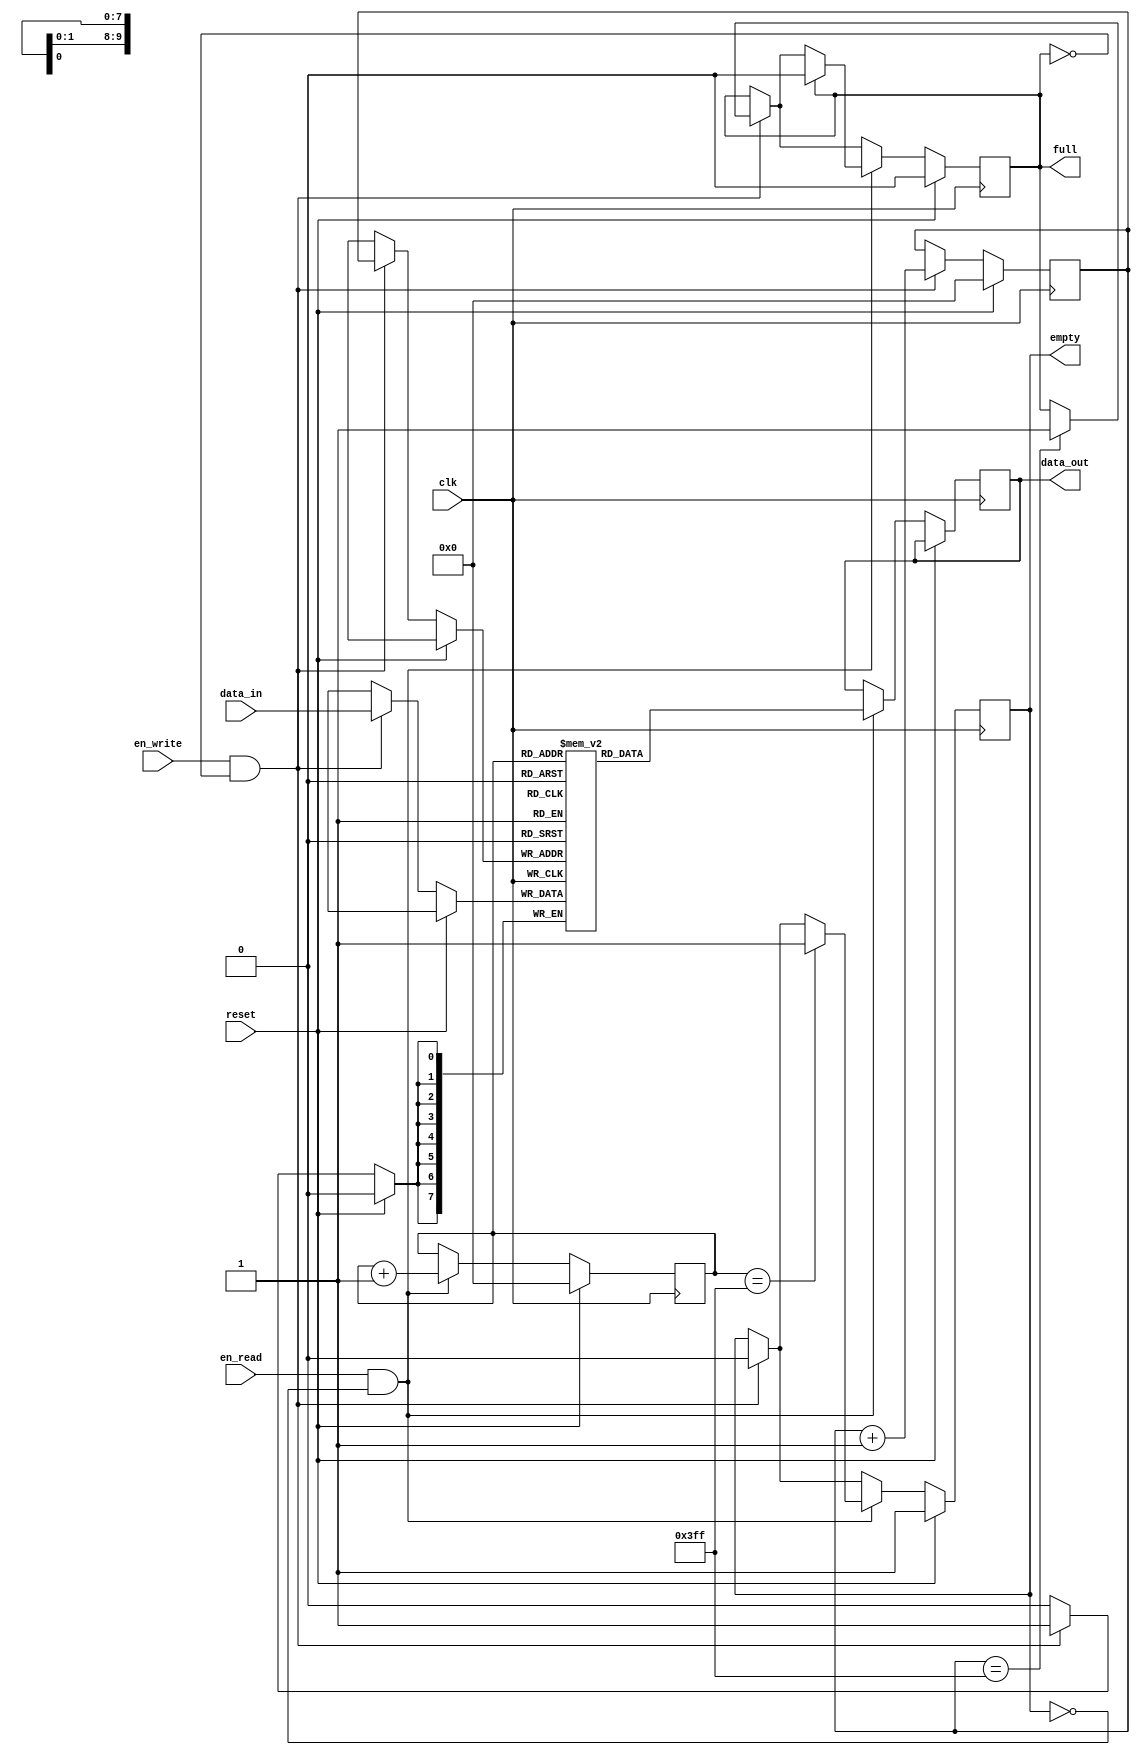
module synchronous_fifo (
    input wire clk,
    input wire reset,
    input wire en_read,
    input wire en_write,
    input wire [DATA_WIDTH-1:0] data_in,
    output reg [DATA_WIDTH-1:0] data_out,
    output reg full,
    output reg empty
);

// Parameter definition
parameter ADDR_WIDTH = 10;
parameter DATA_WIDTH = 8;
parameter DEPTH = 2**ADDR_WIDTH;

// Internal signals
reg [DATA_WIDTH-1:0] memory [0:DEPTH-1];
reg [ADDR_WIDTH-1:0] read_ptr, write_ptr;

always @(posedge clk) begin
    if (reset) begin
        read_ptr <= 0;
        write_ptr <= 0;
        full <= 0;
        empty <= 1;
    end else begin
        // Write operation
        if (en_write && !full) begin
            memory[write_ptr] <= data_in;
            write_ptr <= write_ptr + 1;
            if (write_ptr == DEPTH-1) begin
                full <= 1;
            end
            if (empty) begin
                empty <= 0;
            end
        end

        // Read operation
        if (en_read && !empty) begin
            data_out <= memory[read_ptr];
            read_ptr <= read_ptr + 1;
            if (read_ptr == DEPTH-1) begin
                empty <= 1;
            end
            if (full) begin
                full <= 0;
            end
        end
    end
end

endmodule